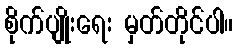
စိုက်ပျိုးရေး မှတ်တိုင်ပါ။